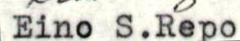
Eino S.Repo